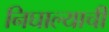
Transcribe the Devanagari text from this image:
निघाल्याची